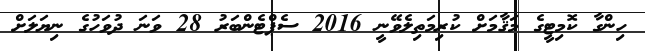
ހިންގާ ކޮމިޓީގެ މަޤާމަށް ކުރިމަތިލެވޭނީ 2016 ސެޕްޓެންބަރު 28 ވަނަ ދުވަހުގެ ނިޔަލަށް